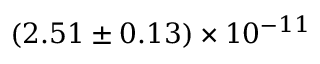
( 2 . 5 1 \pm 0 . 1 3 ) \times 1 0 ^ { - 1 1 }